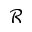
\mathcal { R }